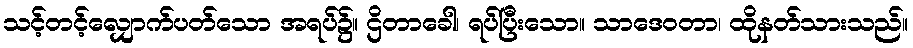
သင့်တင့်လျှောက်ပတ်သော အရပ်၌။ ဌိတာခေါ၊ ရပ်ပြီးသော။ သာဒေဝတာ၊ ထိုနတ်သားသည်။